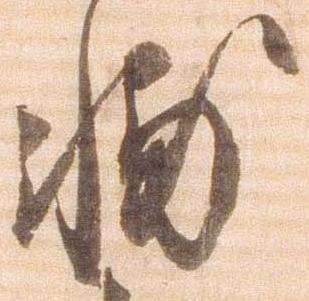
輔